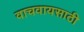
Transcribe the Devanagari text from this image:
वाचवायसाठी